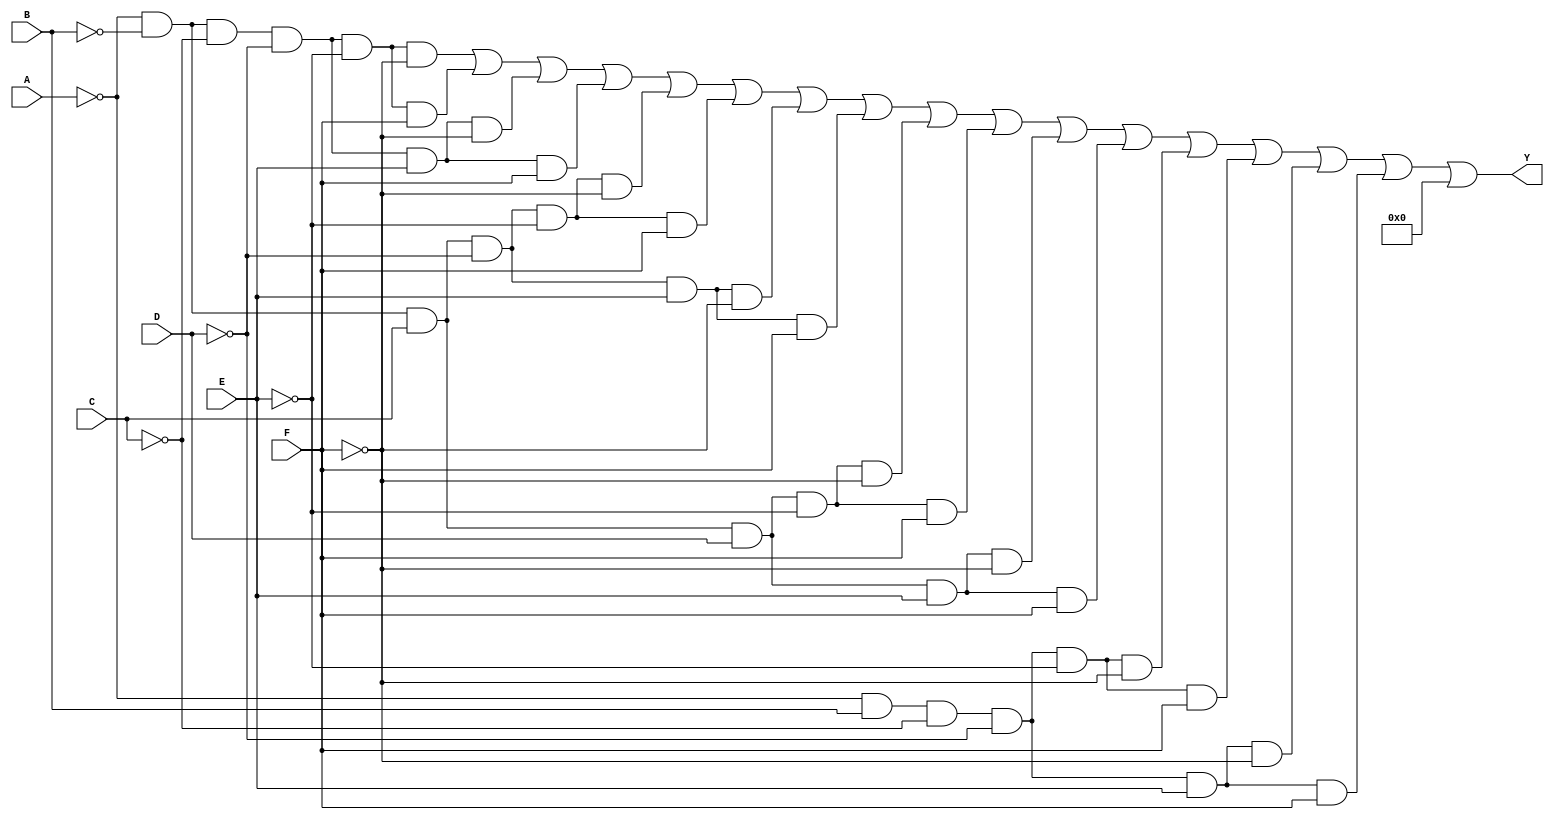
module six_variable_kmap (
    input wire A,  // Input variable A
    input wire B,  // Input variable B
    input wire C,  // Input variable C
    input wire D,  // Input variable D
    input wire E,  // Input variable E
    input wire F,  // Input variable F
    output wire Y  // Output signal Y
);

// The K-map can be populated based on the specific truth table of the Boolean function.
// Below is an example of a K-map with arbitrary values.
// You will need to replace the logic with the actual K-map values for your specific function.

// The K-map is organized as follows:
// 4 rows for A and B (00, 01, 11, 10)
// 16 columns for C, D, E, and F (0000 to 1111)

// This example is a simple representation of the K-map logic.
// Replace the following logic with the actual K-map logic for your specific function.

assign Y = 
    (A == 0 && B == 0 && C == 0 && D == 0 && E == 0 && F == 0) ||  // Cell 0
    (A == 0 && B == 0 && C == 0 && D == 0 && E == 0 && F == 1) ||  // Cell 1
    (A == 0 && B == 0 && C == 0 && D == 0 && E == 1 && F == 0) ||  // Cell 2
    (A == 0 && B == 0 && C == 0 && D == 0 && E == 1 && F == 1) ||  // Cell 3
    (A == 0 && B == 0 && C == 1 && D == 0 && E == 0 && F == 0) ||  // Cell 4
    (A == 0 && B == 0 && C == 1 && D == 0 && E == 0 && F == 1) ||  // Cell 5
    (A == 0 && B == 0 && C == 1 && D == 0 && E == 1 && F == 0) ||  // Cell 6
    (A == 0 && B == 0 && C == 1 && D == 0 && E == 1 && F == 1) ||  // Cell 7
    (A == 0 && B == 0 && C == 1 && D == 1 && E == 0 && F == 0) ||  // Cell 8
    (A == 0 && B == 0 && C == 1 && D == 1 && E == 0 && F == 1) ||  // Cell 9
    (A == 0 && B == 0 && C == 1 && D == 1 && E == 1 && F == 0) ||  // Cell 10
    (A == 0 && B == 0 && C == 1 && D == 1 && E == 1 && F == 1) ||  // Cell 11
    (A == 0 && B == 1 && C == 0 && D == 0 && E == 0 && F == 0) ||  // Cell 12
    (A == 0 && B == 1 && C == 0 && D == 0 && E == 0 && F == 1) ||  // Cell 13
    (A == 0 && B == 1 && C == 0 && D == 0 && E == 1 && F == 0) ||  // Cell 14
    (A == 0 && B == 1 && C == 0 && D == 0 && E == 1 && F == 1) ||  // Cell 15
    // Continue for all 64 cells based on your specific K-map
    0;  // Default case (no output)

endmodule